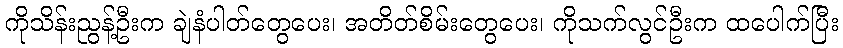
ကိုသိန်းညွန့်ဦးက ချဲနံပါတ်တွေပေး၊ အတိတ်စိမ်းတွေပေး၊ ကိုသက်လွင်ဦးက ထပေါက်ပြီး